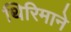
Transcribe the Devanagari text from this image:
थिरिमाने